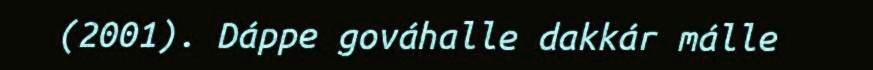
(2001). Dáppe gováhalle dakkár málle